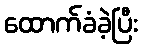
ထောက်ခံခဲ့ပြီး